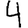
Digit: 4